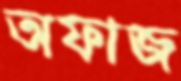
অফাজ